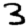
Digit: 3